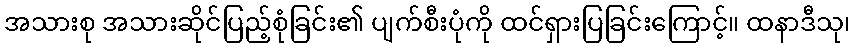
အသားစု အသားဆိုင်ပြည့်စုံခြင်း၏ ပျက်စီးပုံကို ထင်ရှားပြခြင်းကြောင့်။ ထနာဒီသု၊